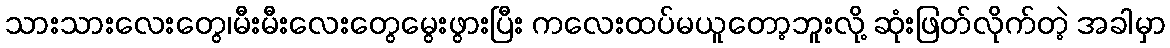
သားသားလေးတွေ၊မီးမီးလေးတွေမွေးဖွားပြီး ကလေးထပ်မယူတော့ဘူးလို့ ဆုံးဖြတ်လိုက်တဲ့ အခါမှာ